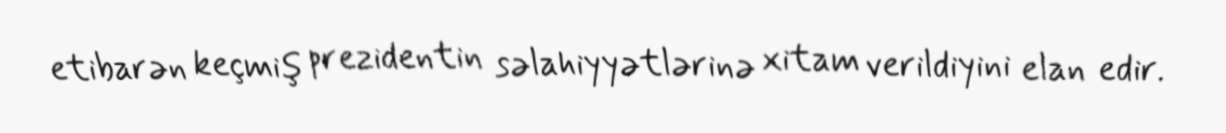
etibarən keçmiş prezidentin səlahiyyətlərinə xitam verildiyini elan edir.